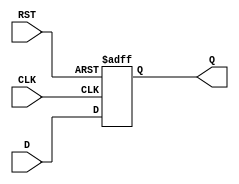
module store_register (
    input wire [N-1:0] D,    // Data input (N-bit wide)
    input wire CLK,           // Clock signal
    input wire RST,           // Asynchronous reset
    output reg [N-1:0] Q      // Data output (N-bit wide)
);
    
    parameter N = 8; // Default size of the register (can be changed)

    always @(posedge CLK or posedge RST) begin
        if (RST) begin
            Q <= {N{1'b0}}; // Set output to zero on reset
        end else begin
            Q <= D; // Capture input data on clock edge
        end
    end

endmodule